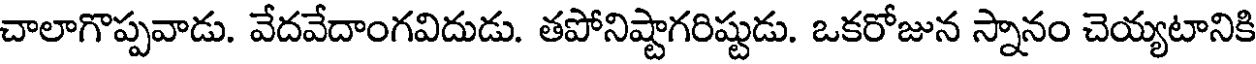
చాలాగొప్పవాడు. వేదవేదాంగవిదుడు. తపోనిష్టాగరిష్టుడు. ఒకరోజున స్నానం చెయ్యటానికి